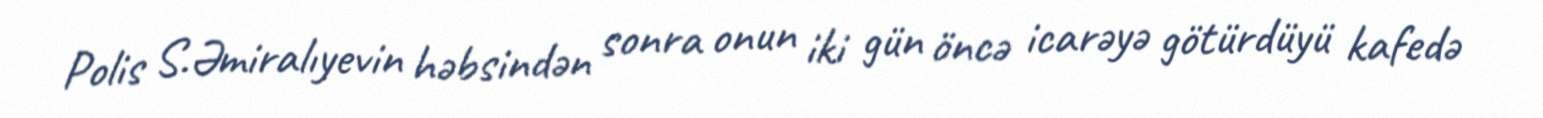
Polis S.Əmiralıyevin həbsindən sonra onun iki gün öncə icarəyə götürdüyü kafedə